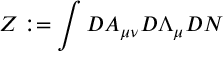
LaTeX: Z : = \int { \cal D } A _ { \mu \nu } { \cal D } \Lambda _ { \mu } { \cal D } N